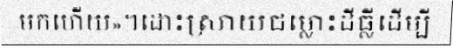
មកហើយ»។ដោះស្រាយជម្លោះដីធ្លីដើម្បី